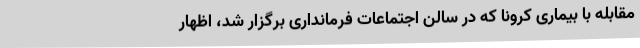
مقابله با بیماری کرونا که در سالن اجتماعات فرمانداری برگزار شد، اظهار